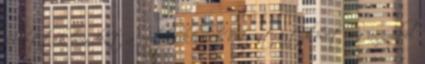
felvettek mindent a mobiljukkal . Viszont ezt követően annyiból